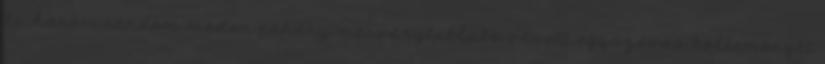
ki, hanem random módon néhány márványtáblába vésett egyszavas költeményét